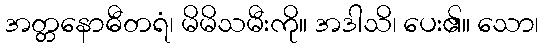
အတ္တနောဓီတရံ၊ မိမိသမီးကို။ အဒါသိ၊ ပေး၏။ သော၊